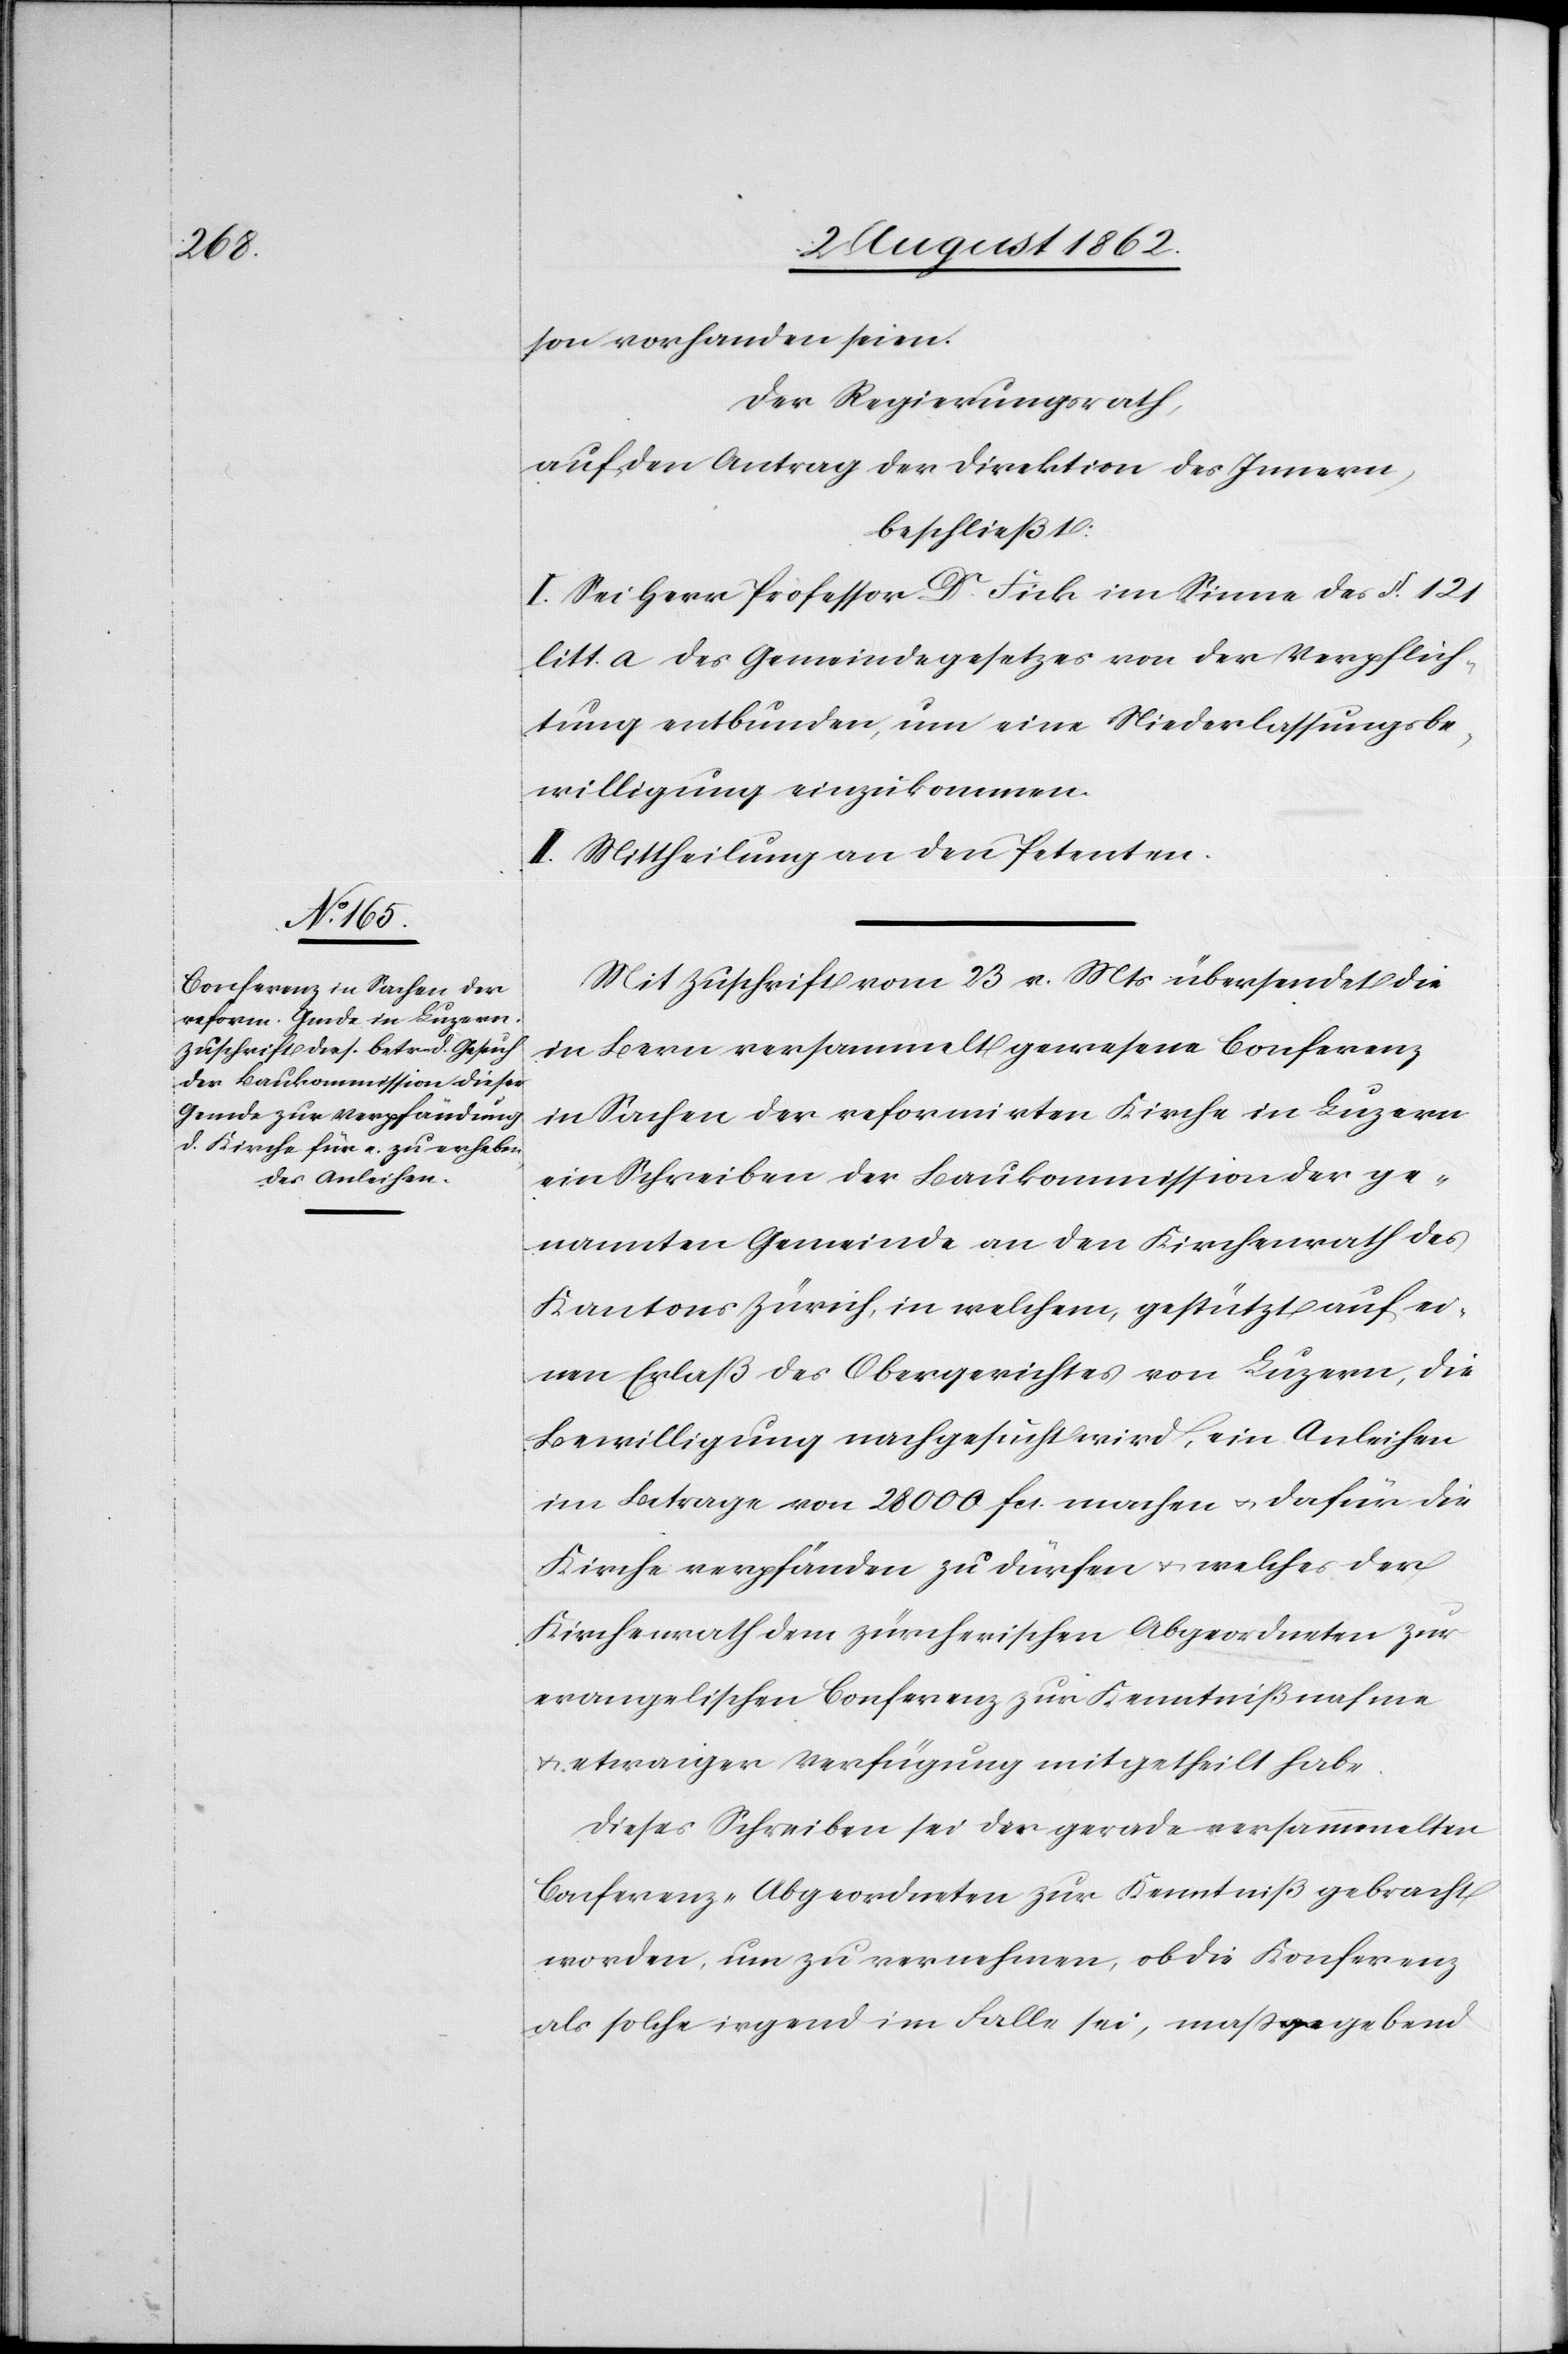
son vorhanden seien.
Der Regierungsrath,
auf den Antrag der Direktion des Innern,
beschließt:
I. Sei Herr Professor Dr. Fick im Sinne des §. 121
litt. a des Gemeindegesetzes von der Verpflich¬
tung entbunden, um eine Niederlassungsbe¬
willigung einzukommen.
II. Mittheilung an den Petenten.
Mit Zuschrift vom 23. v. Mts. übersendet die
in Bern versammelt gewesene Conferenz
in Sachen der refomirten Kirche in Luzern
ein Schreiben der Baukommission der ge¬
nannten Gemeinde an den Kirchenrath des
Kantons Zürich, in welchem, gestützt auf ei¬
nen Erlaß des Obergerichtes von Luzern, die
Bewilligung nachgesucht wird, ein Anleihen
im Betrage von 28 000 fcs. machen u. dafür die
Kirche verpfänden zu dürfen u. welches der
Kirchenrath dem zürcherischen Abgeordneten zur
evangelischen Conferenz zur Kenntnißnahme
u. etwaigen Verfügung mitgetheilt habe.
Dieses Schreiben sei den gerade versammelten
Confrenz-Abgeordneten zur Kenntniß gebracht
worden, um zu vernehmen, ob die Konferenz
als solche irgend im Falle sei, maßgebend